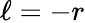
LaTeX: \ell=-r